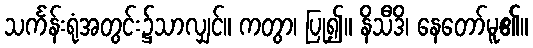
သင်္ကန်းရုံအတွင်း၌သာလျှင်။ ကတွာ၊ ပြု၍။ နိသီဒိ၊ နေတော်မူ၏။